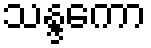
သန္ဒကော